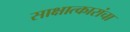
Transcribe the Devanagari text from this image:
साक्षात्कारांचा